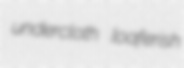
undercloth loaferish